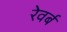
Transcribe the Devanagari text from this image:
रेवर्ब